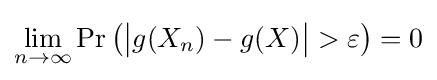
\lim _{n\to \infty }\Pr {\big (}{\big |}g(X_{n})-g(X){\big |}>\varepsilon {\big )}=0